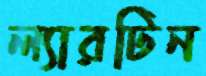
ল্যারটিন